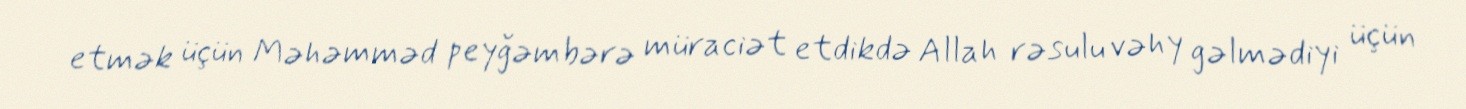
etmək üçün Məhəmməd peyğəmbərə müraciət etdikdə Allah rəsulu vəhy gəlmədiyi üçün